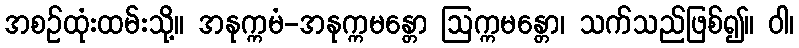
အစဉ်ထုံးထမ်းသို့။ အနုက္ကမံ-အနုက္ကမန္တော ဩက္ကမန္တော၊ သက်သည်ဖြစ်၍။ ဝါ၊